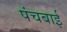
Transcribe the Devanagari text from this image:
पंचबाई